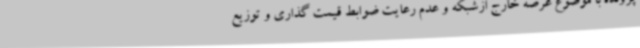
پرونده با موضوع عرضه خارج ازشبکه و عدم رعایت ضوابط قیمت گذاری و توزیع